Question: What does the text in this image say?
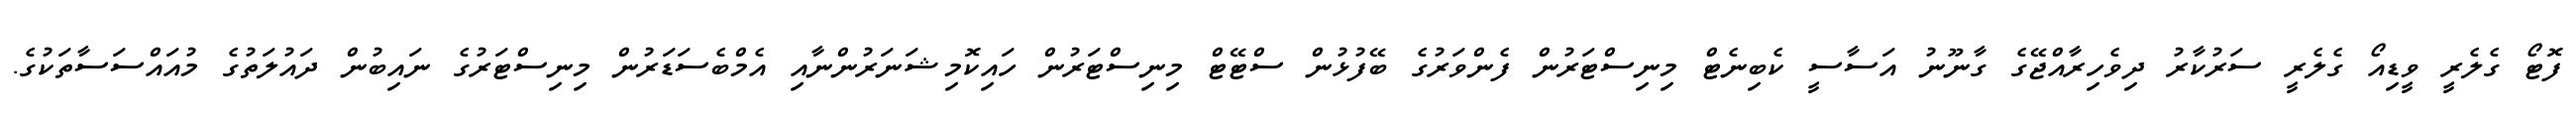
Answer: ފޮޓޯ ގެލެރީ ވީޑިއޯ ގެލެރީ ސަރުކާރު ދިވެހިރާއްޖޭގެ ގާނޫނު އަސާސީ ކެބިނެޓް މިނިސްޓަރުން ފެންވަރުގެ ބޭފުޅުން ސްޓޭޓް މިނިސްޓަރުން ހައިކޮމިޝަނަރުންނާއި އެމްބެސަޑަރުން މިނިސްޓަރުގެ ނައިބުން ދައުލަތުގެ މުއައްސަސާތަކުގެ.